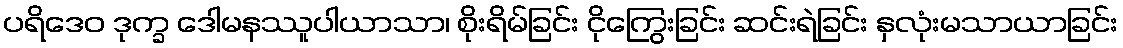
ပရိဒေဝ ဒုက္ခ ဒေါမနဿူပါယာသာ၊ စိုးရိမ်ခြင်း ငိုကြွေးခြင်း ဆင်းရဲခြင်း နှလုံးမသာယာခြင်း